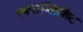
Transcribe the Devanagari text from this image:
एक्सप्लिशिट